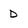
Character: D